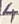
Text: 4